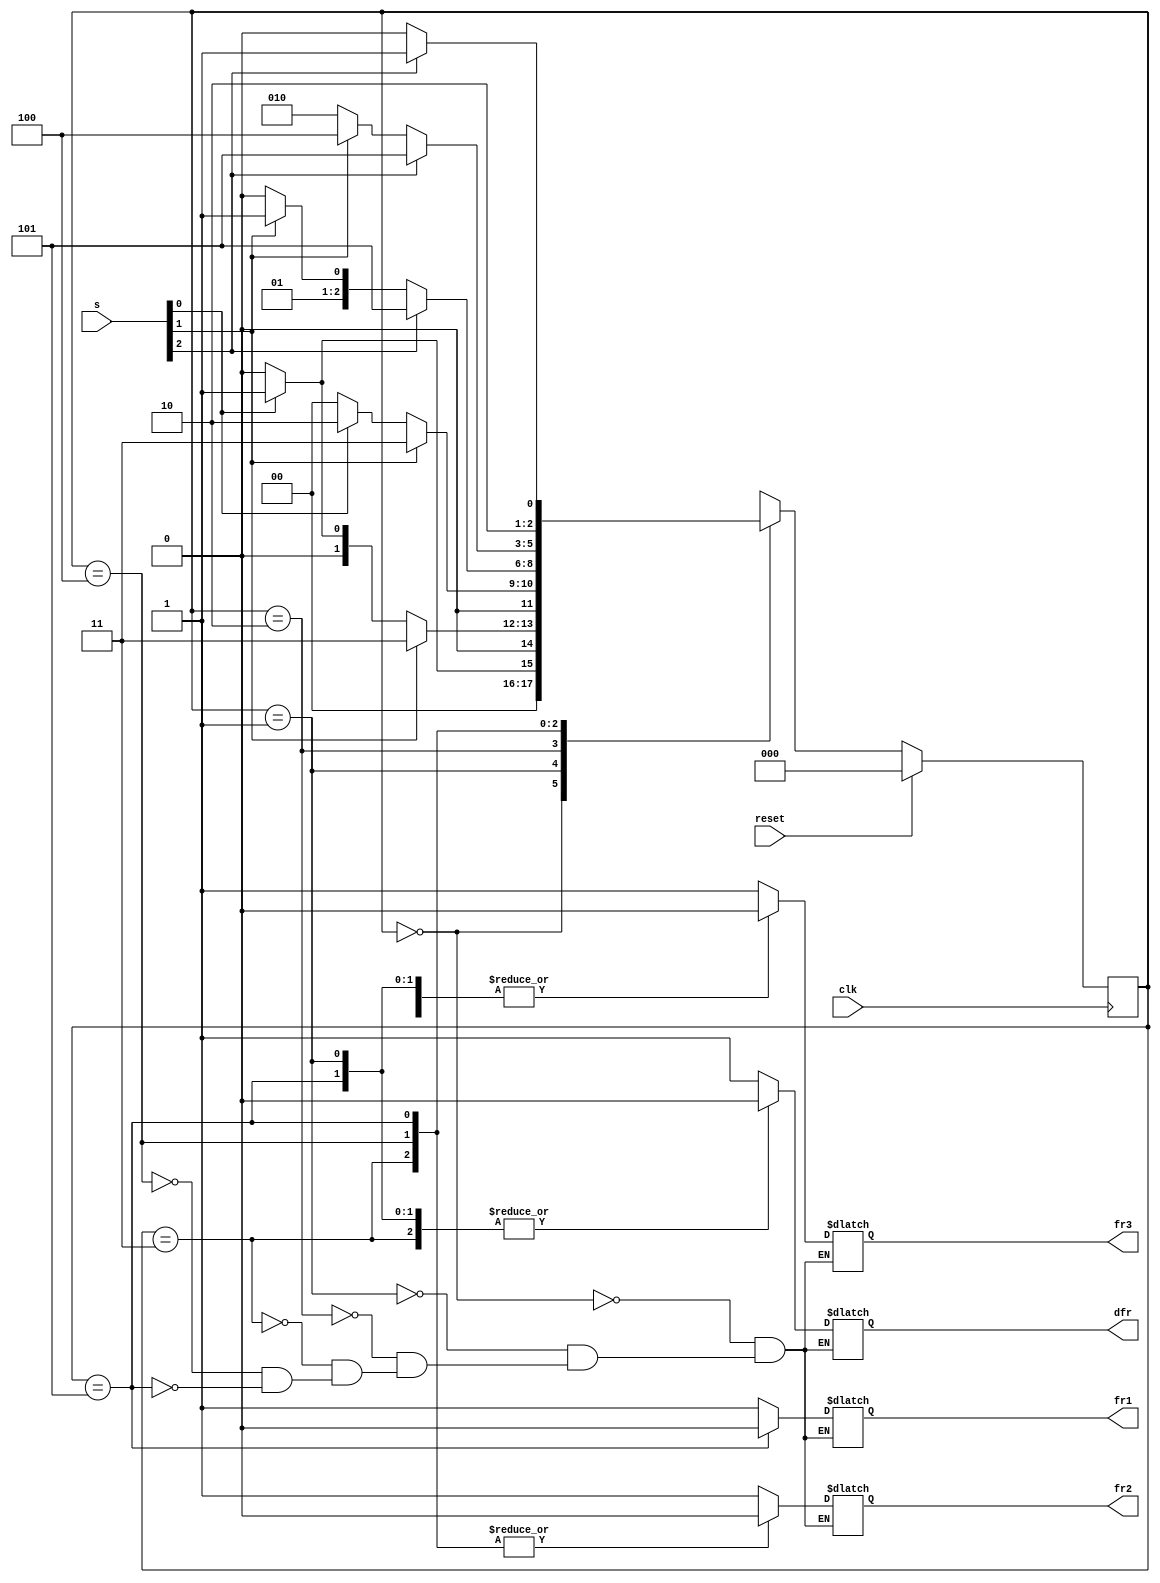
module top_module (
    input clk,
    input reset,
    input [3:1] s,
    output reg fr3,
    output reg fr2,
    output reg fr1,
    output reg dfr
); 

// parameter
parameter Below_S1 = 3'b000;
parameter S1_S2_nominal = 3'b001;
parameter S1_S2_supplemental = 3'b010;
parameter S2_S3_nominal = 3'b011;
parameter S2_S3_supplemental = 3'b100;
parameter Above_S3 = 3'b101;

// signal declaration
reg [2:0] present_state;
reg [2:0] next_state;

// sequential logic reset
always @(posedge clk)
begin
    if(reset)
        present_state <= Below_S1;
    else
        present_state <= next_state;
end

// combinational logic state transiton
always @(*)
begin
    case(present_state)
        Below_S1: 
            if(s[1])
                next_state = S1_S2_nominal;
            else
                next_state = Below_S1;
        S1_S2_nominal:
            if(s[2])
                next_state = S2_S3_nominal;
            else
                if(s[1])
                    next_state = S1_S2_nominal;
                else
                    next_state = Below_S1;
        S1_S2_supplemental:
            if(s[2])
            next_state = S2_S3_nominal;
            else
                if(s[1])
                    next_state = S1_S2_supplemental;
                else
                    next_state = Below_S1;
        S2_S3_nominal:
            if(s[3])
                next_state = Above_S3;
            else
                if(s[2])
                    next_state = S2_S3_nominal;
                else
                    next_state = S1_S2_supplemental;
        S2_S3_supplemental:
            if(s[3])
                next_state = Above_S3;
            else
                if(s[2])
                    next_state = S2_S3_supplemental;
                else
                    next_state = S1_S2_supplemental;
        Above_S3:
            if(s[3])
                next_state = Above_S3;
            else
                next_state = S2_S3_supplemental;
        default: next_state = 3'bxxx;
    endcase
end

// Combinational logic output
always @(*)
begin
    case(present_state)
        Below_S1:               {fr3, fr2, fr1, dfr} = 4'b1111;
        S1_S2_nominal:          {fr3, fr2, fr1, dfr} = 4'b0110;
        S1_S2_supplemental:     {fr3, fr2, fr1, dfr} = 4'b0111;
        S2_S3_nominal:          {fr3, fr2, fr1, dfr} = 4'b0010;
        S2_S3_supplemental:     {fr3, fr2, fr1, dfr} = 4'b0011;
        Above_S3:               {fr3, fr2, fr1, dfr} = 4'b0000;
    endcase
end

endmodule